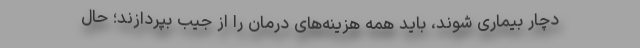
دچار بیماری شوند، باید همه هزینه‌های درمان را از جیب بپردازند؛ حال